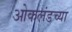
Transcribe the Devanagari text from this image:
ओकलंडच्या